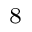
_ 8